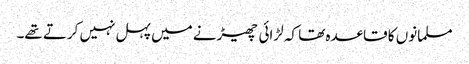
مسلمانوں کا قاعدہ تھا کہ لڑائی چھیڑنے میں پہل نہیں کرتے تھے۔